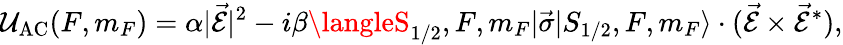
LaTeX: \mathcal{U}_{\mathrm{{{AC}}}}(F,m_{F})=\alpha|\vec{{\mathcal{{E}}}}|^{2}-i\beta\langleS_{1/2},F,m_{F}|\vec{{\sigma}}|S_{1/2},F,m_{F}\rangle\cdot(\vec{{\mathcal{{E}}}}\times\vec{{\mathcal{{E}}}}^{\ast}),